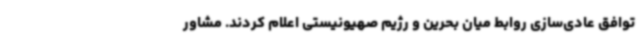
توافق عادی‌سازی روابط میان بحرین و رژیم صهیونیستی اعلام کردند. مشاور